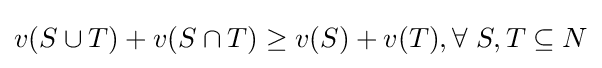
v(S\cup T)+v(S\cap T)\geq v(S)+v(T),\forall ~S,T\subseteq N